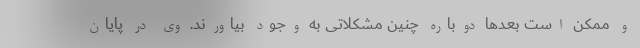
و ممکن است بعد‌ها دوباره چنین مشکلاتی به وجود بیاورند. وی در پایان